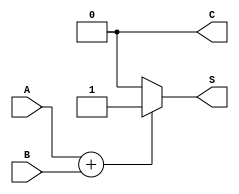
module Threshold_Half_Adder (
    input wire A,  // First binary input
    input wire B,  // Second binary input
    output wire S, // Sum output
    output wire C  // Carry output
);

// Internal wire to hold the sum of inputs
wire sum;

// Compute the sum of inputs
assign sum = A + B;

// Threshold logic for Sum (S)
assign S = (sum == 1) ? 1'b1 : 1'b0; // S is 1 when A + B equals 1

// Threshold logic for Carry (C)
assign C = (sum == 2) ? 1'b1 : 1'b0; // C is 1 when A + B equals 2

endmodule